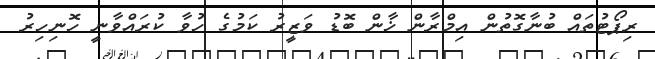
ރިޕޯޓުތައް ބުނާގޮތުން އިމްރާން ޚާން ބޮޑު ވަޒީރު ކަމުގެ ހުވާ ކުރައްވާނީ ހޮނިހިރު